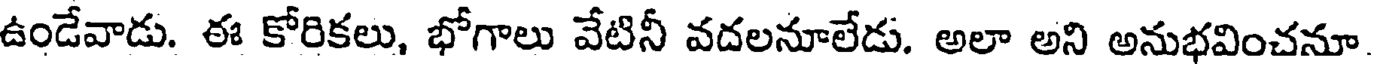
ఉండేవాడు. ఈ కోరికలు, భోగాలు వేటినీ వదలనూలేడు. అలా అని అనుభవించనూ